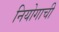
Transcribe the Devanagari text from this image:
नियोगाची